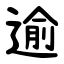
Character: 逾